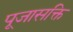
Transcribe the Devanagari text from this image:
पूजासक्ति